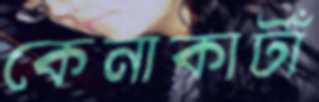
কেনাকাটাঁ